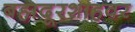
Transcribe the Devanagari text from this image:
बहादूरशाहवर